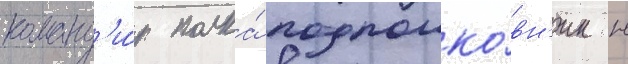
команд'и́р полка́ подполко́вн'ик н